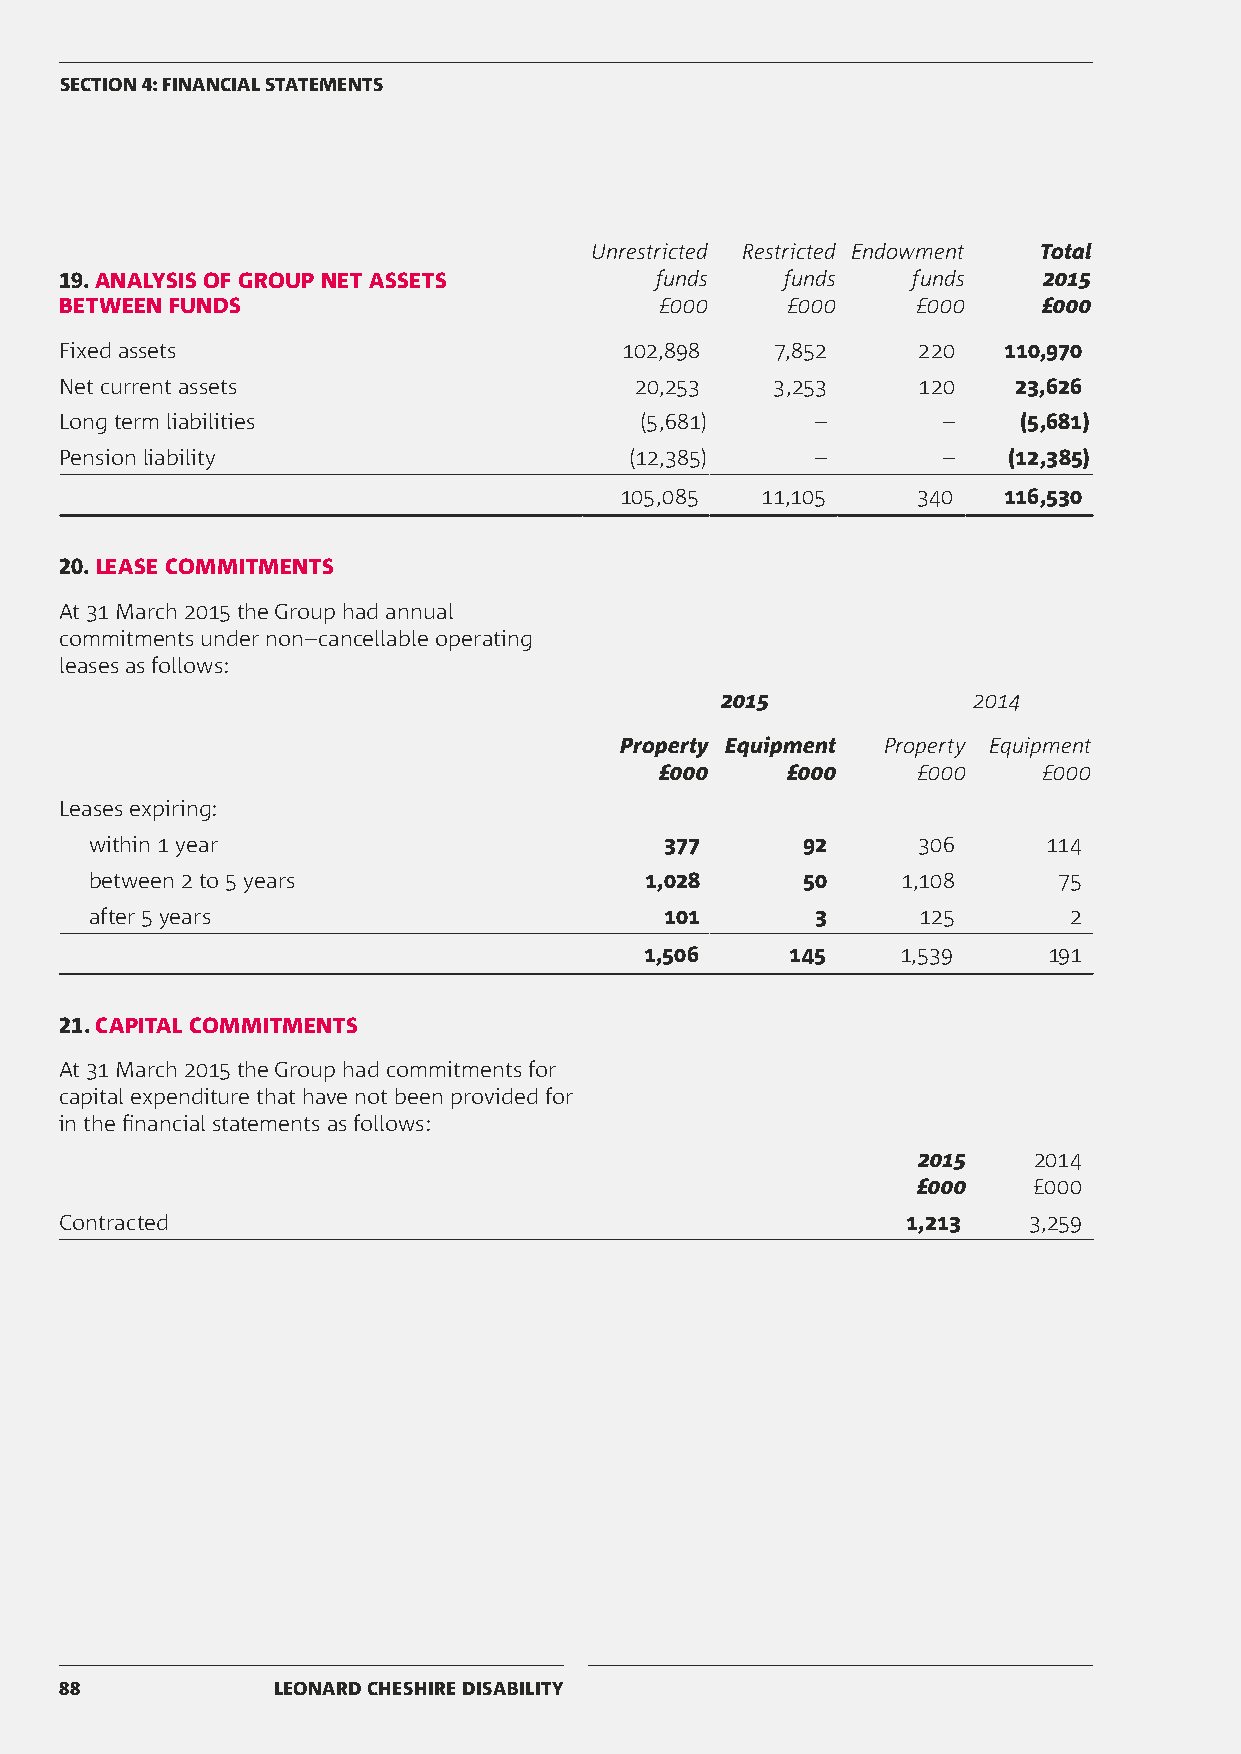
SECTION 4: FINANCIAL STATEMENTS
 Unrestricted Restricted Endowment Total
 19. ANALYSIS OF GROUP NET ASSETS       funds    funds   funds    2015
 BETWEEN FUNDS                           £000    £000     £000    £000
 Fixed assets                         102,898   7,852     220  110,970
 Net current assets                    20,253   3,253     120   23,626
 Long term liabilities                 (5,681)     –       –    (5,681)
 Pension liability                     (12,385)    –       –    (12,385)
 105,085  11,105     340  116,530
 20. LEASE COMMITMENTS
 At 31 March 2015 the Group had annual
 commitments under non–cancellable operating
 leases as follows:
 2015            2014
 Property Equipment Property Equipment
 £000    £000     £000    £000
 Leases expiring:
 within 1 year                         377      92      306     114
 between 2 to 5 years                 1,028     50     1,108     75
 after 5 years                         101       3      125       2
 1,506    145     1,539    191
 21. CAPITAL COMMITMENTS
 At 31 March 2015 the Group had commitments for
 capital expenditure that have not been provided for
 in the financial statements as follows:
 2015   2014
 £000   £000
 Contracted                                              1,213   3,259
 88            LEONARD CHESHIRE DISABILITY